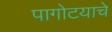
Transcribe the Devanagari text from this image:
पागोटयाचे